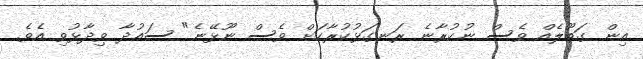
އިން ގަބޫލެއް ވެސް ނުކުރާނެ ރަނގަޅުކުރާކަށް ވެސް ނޫޅޭނެ" ސައުދާ ވިދާޅުވި އެވެ.